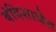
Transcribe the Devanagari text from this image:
बंदिशाळेत